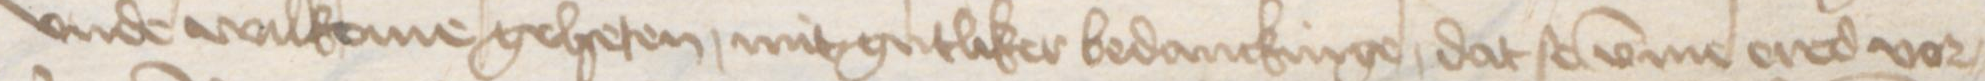
vnde wilkome geheten mitgutliker bedanckinge, dat se vmme ered vor¬